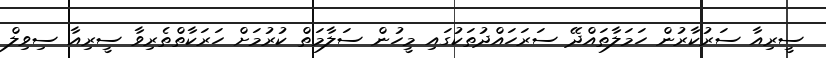
ސީރިއާ ސަރުކާރުން ހަމަލާތައްދޭ ސަރަހައްދުތަކުގައި މީހުން ސަލާމަތް ކުރުމަށް ހަރަކާތްތެރިވާ ސީރިއާ ސިވިލް